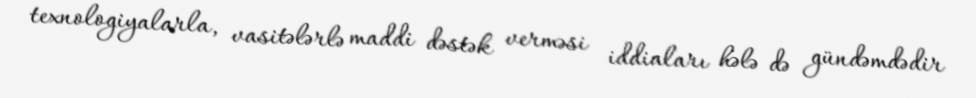
texnologiyalarla, vasitələrlə maddi dəstək verməsi iddiaları hələ də gündəmdədir